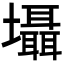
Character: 𡓳